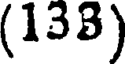
(138)